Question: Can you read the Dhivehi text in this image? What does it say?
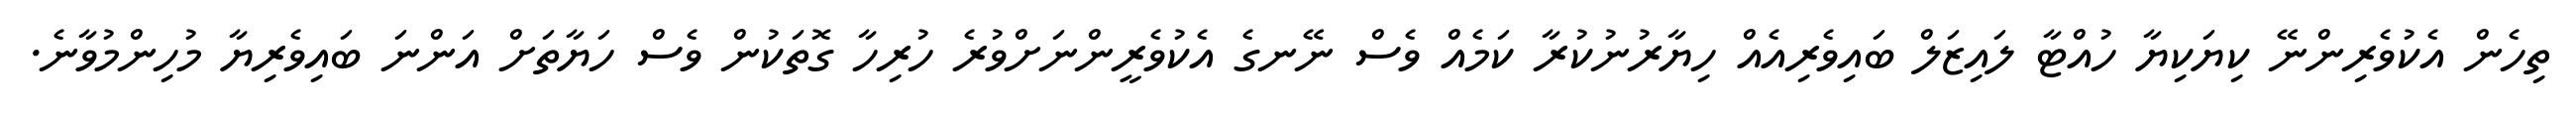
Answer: ތިހެން އެކުވެރިންނޭ ކިޔަކިޔާ ހުއްޓާ ލައިޒަލް ބައިވެރިއެއް ހިޔާރުނުކުރާ ކަމެއް ވެސް ނޭނގެ އެކުވެރީންނަށްވުރެ ހުރިހާ ގޮތަކުން ވެސް ހަޔާތަށް އަންނަ ބައިވެރިޔާ މުހިންމުވާނެ.